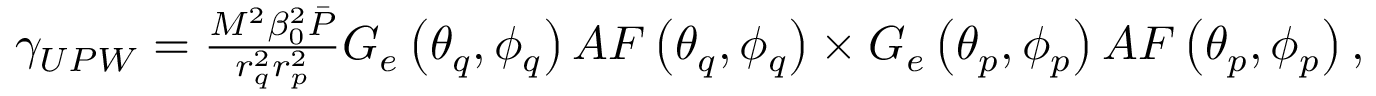
\begin{array} { r } { \gamma _ { U P W } = \frac { M ^ { 2 } \beta _ { 0 } ^ { 2 } \bar { P } } { r _ { q } ^ { 2 } r _ { p } ^ { 2 } } G _ { e } \left( \theta _ { q } , \phi _ { q } \right) A F \left( \theta _ { q } , \phi _ { q } \right) \times G _ { e } \left( \theta _ { p } , \phi _ { p } \right) A F \left( \theta _ { p } , \phi _ { p } \right) , } \end{array}